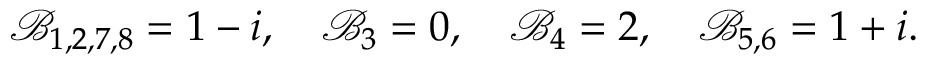
\mathcal { B } _ { 1 , 2 , 7 , 8 } = 1 - i , \quad \mathcal { B } _ { 3 } = 0 , \quad \mathcal { B } _ { 4 } = 2 , \quad \mathcal { B } _ { 5 , 6 } = 1 + i .